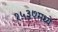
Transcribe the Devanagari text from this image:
१५३७मध्ये